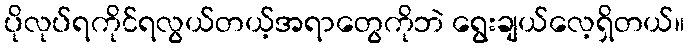
ပိုလုပ်ရကိုင်ရလွယ်တယ့်အရာတွေကိုဘဲ ရွေးချယ်လေ့ရှိတယ်။